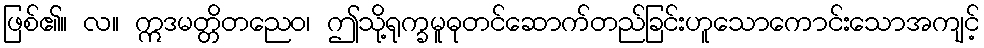
ဖြစ်၏။ လ။ ဣဒမတ္တိတညေဝ၊ ဤသို့ရုက္ခမူဓုတင်ဆောက်တည်ခြင်းဟူသောကောင်းသောအကျင့်